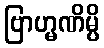
ဗြာဟ္မဏိမ္ပိ